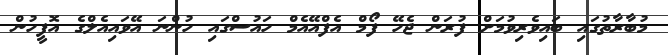
މުބާރާތުގައި ބައިވެރިވުމަށް ފުރަން ޖެހޭ ފޯމް އެފްއޭއެމް ހައުސްގައި ހުންނަ އޭވައިއެލްގެ އޮފީހުން